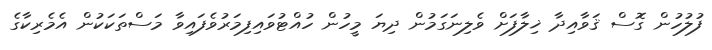
ފުލުހުން ގޮސް ޤަވާއިދާ ޚިލާފަށް ވެލިނަގަމުން ދިޔަ މީހުން ހުއްޓުވައިފިމަރުވެފައިވާ މަސްތަކަކުން އެމެރިކާގެ